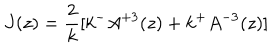
J ( z ) = \frac { 2 } { k } [ k ^ { - } A ^ { + 3 } ( z ) + k ^ { + } A ^ { - 3 } ( z ) ]